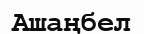
Ашаңбел